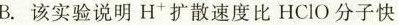
B.该实验说明H^{+}扩散速度比HClO分子快